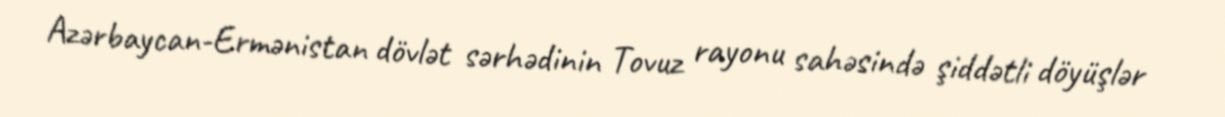
Azərbaycan-Ermənistan dövlət sərhədinin Tovuz rayonu sahəsində şiddətli döyüşlər